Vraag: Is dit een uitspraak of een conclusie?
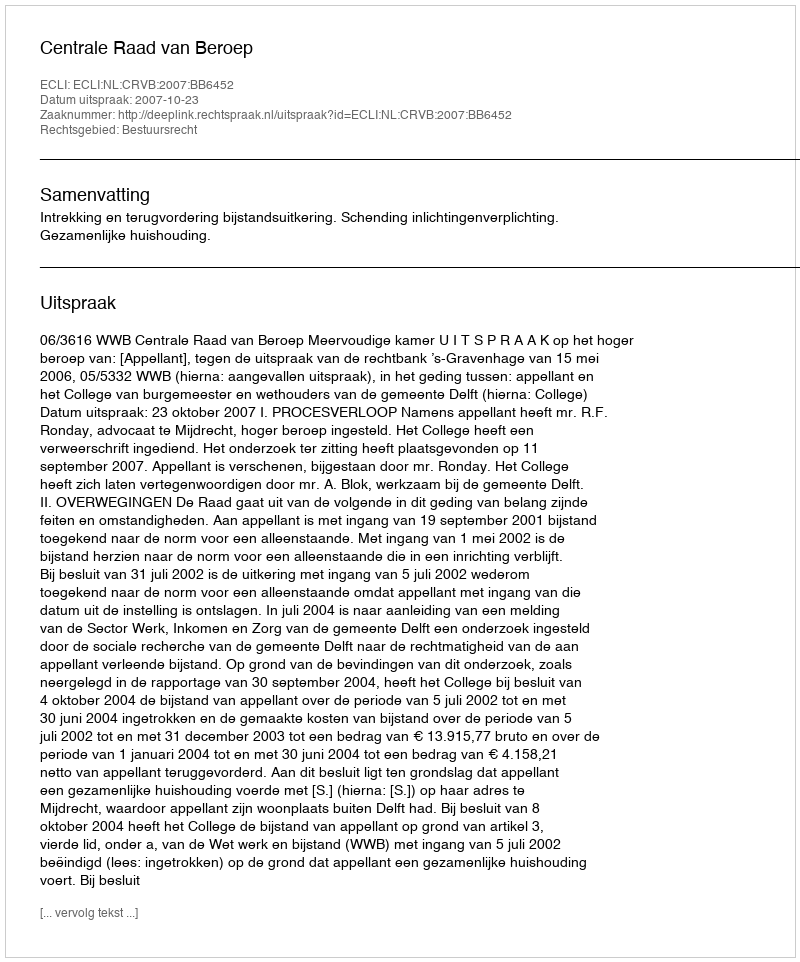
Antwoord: Uitspraak